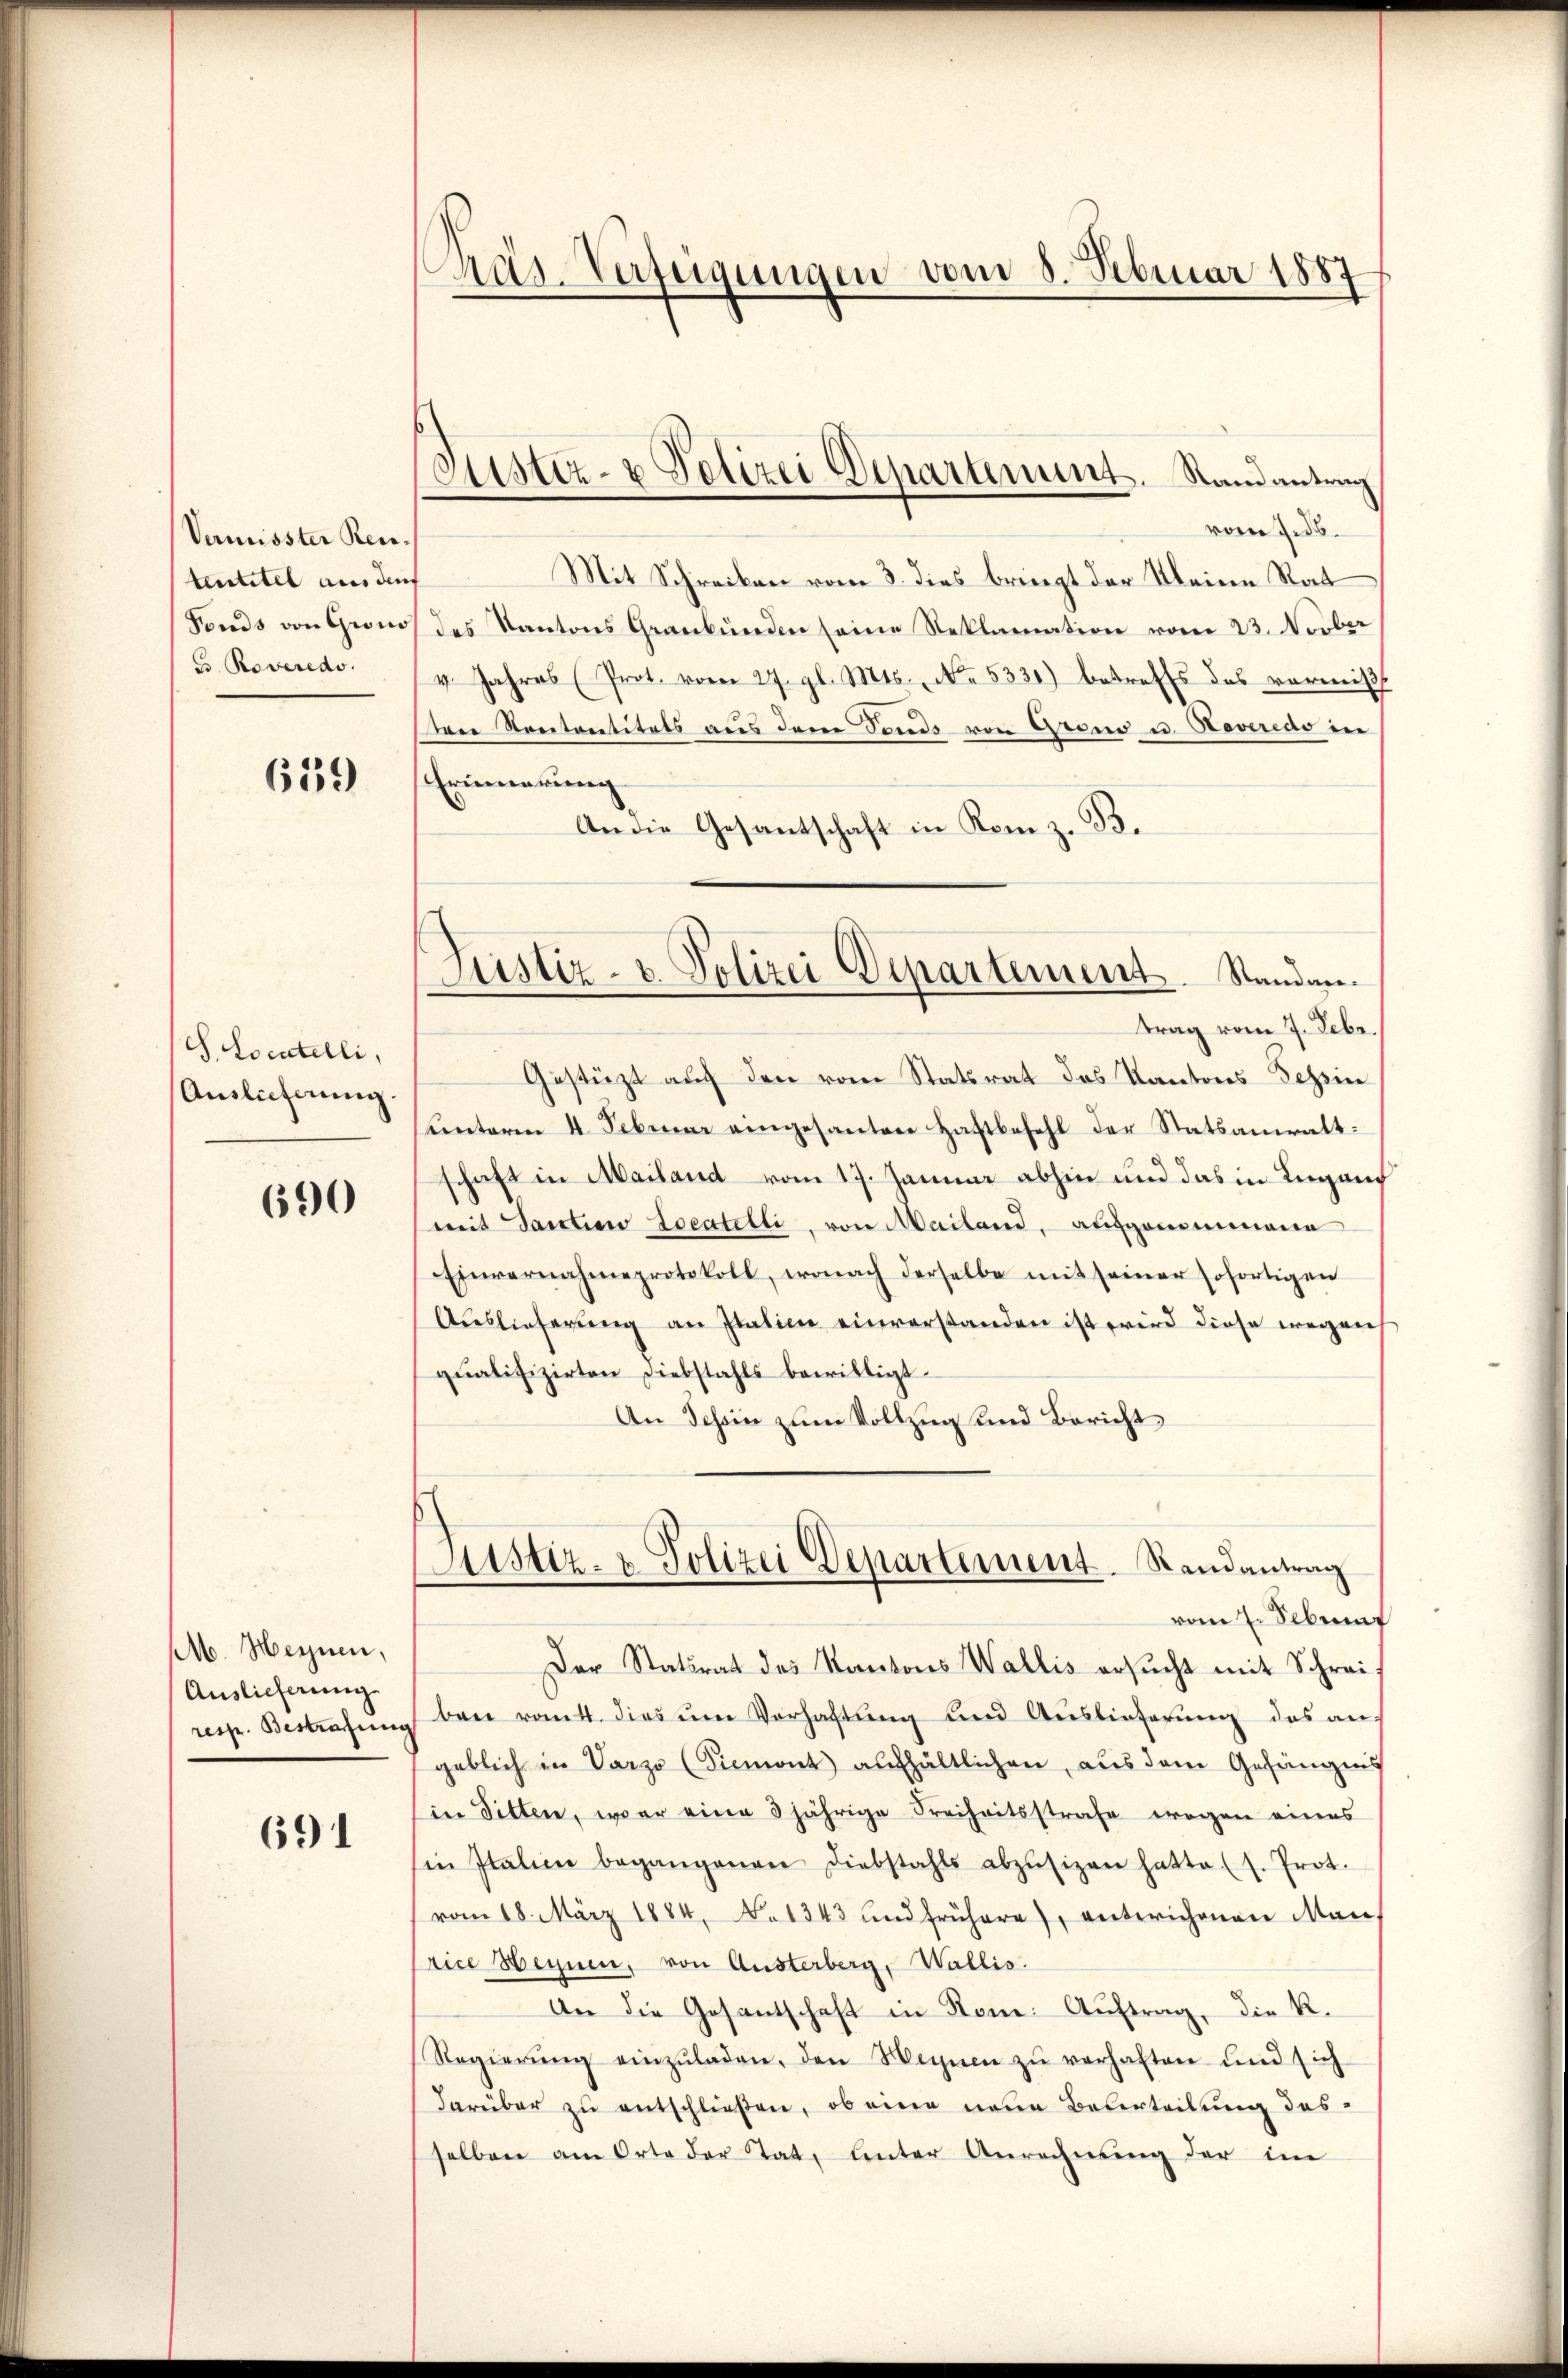
Vermisster Reue,
tentitel aus durf
Fonds von Grono
E. Roveredo

659

S. Locatelli,
Auslieferung.

690

M. Heinen,
Auslieferung
resp. Bestrafung

691

Pras-Verfügungen vom 8. Februar 1887

Justiz- & Polizei Departement. Stand antrag

vom J.ds.
Mit Schreiben vom 3. dies bringt der Kleine Rat
des Kantons Graubünden seine Reklamation vom 23. Novber
v. Jahres (Prot. vom 27. gl. Mts., No. 5331) betreffs das vorwiß
den Rententitäts aus dem Sonne von Grono u. Nevinas in
Erinnerung
An die Gesantschaft in Rom z. B.
Justiz- u. Polizei Departement. Standen.
trag vom 7. Febr.
Gestüzt auf den vom Statsrat das Kantons Tessin
Kinterm 4. Februar eingesanten Haftbefehl der Statsanwalt.
schaft in Mailand vom 17. Januar abhin und das in Lugand
mit Sanction Locatilti, von Mailand, aufgenommene
Einvernahmeprotokoll, wonach derselbe mit seiner sofortigen
Auslieferŭng an Italien einverstanden ist wird diese wegens
qualifizirten Diebstahls bewilligt.
An Schön zum Vollzug und Bericht

Justiz- u. Polizei Departement. Randantrag
vom 7. Sebenf

Der Statsrat des Kantons Wallis ersŭcht mit Schreit
ben ratt. dies ŭm Verhaltŭng und Auslieferŭng des an-
geblich in Varzo (Siemont aufhältlichen, aus dem Gefängnis
in Sitten, war eine 3jährige Freiheitsstrafe wegen eines
Ein Italien begangenen Diebstahls abzŭsizen hatte (s. Prot.
vom 18. März 1884, No 1343 und frühere), unterichenen Manrice Hegnen, von Austerberg, Wallis.
An die Gesantschaft in Rom. Auftrag, die R.
Regierŭng einzŭladen, den Wegnen zŭ verhaften und sich
darüber zu entschließen, ob eine neue Belerteilung des
selben am Orte der Tat, unter Anrechnŭng der im